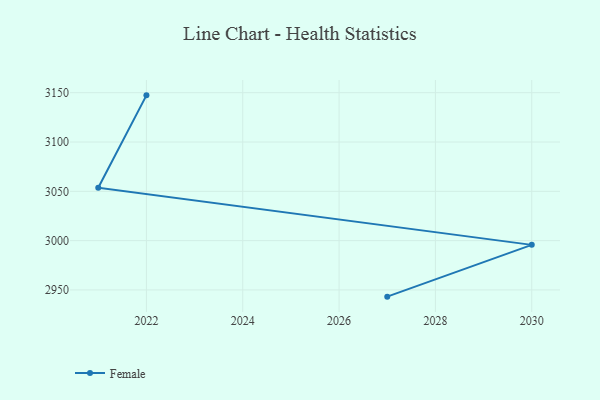
{"axis": {"x": "Year", "y": "Headcount"}, "legend": ["Female"], "data": [{"x": "2022", "y": 3147.3, "type": "Female"}, {"x": "2021", "y": 3053.7, "type": "Female"}, {"x": "2030", "y": 2995.7, "type": "Female"}, {"x": "2027", "y": 2943.2, "type": "Female"}]}